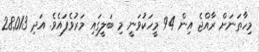
މިހާތަނަށް ރާއްޖެ އިން 94 މީހަކުވަނީ މި ބަލީގައި މަރުވެފައެވެ. އަދި 28